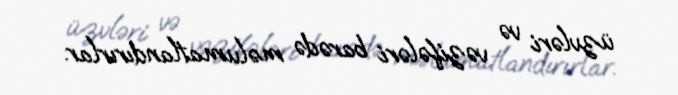
üzvləri və vəzifələri barədə məlumatlandırırlar.